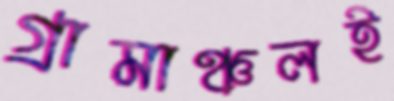
গ্রামাঞ্চলই